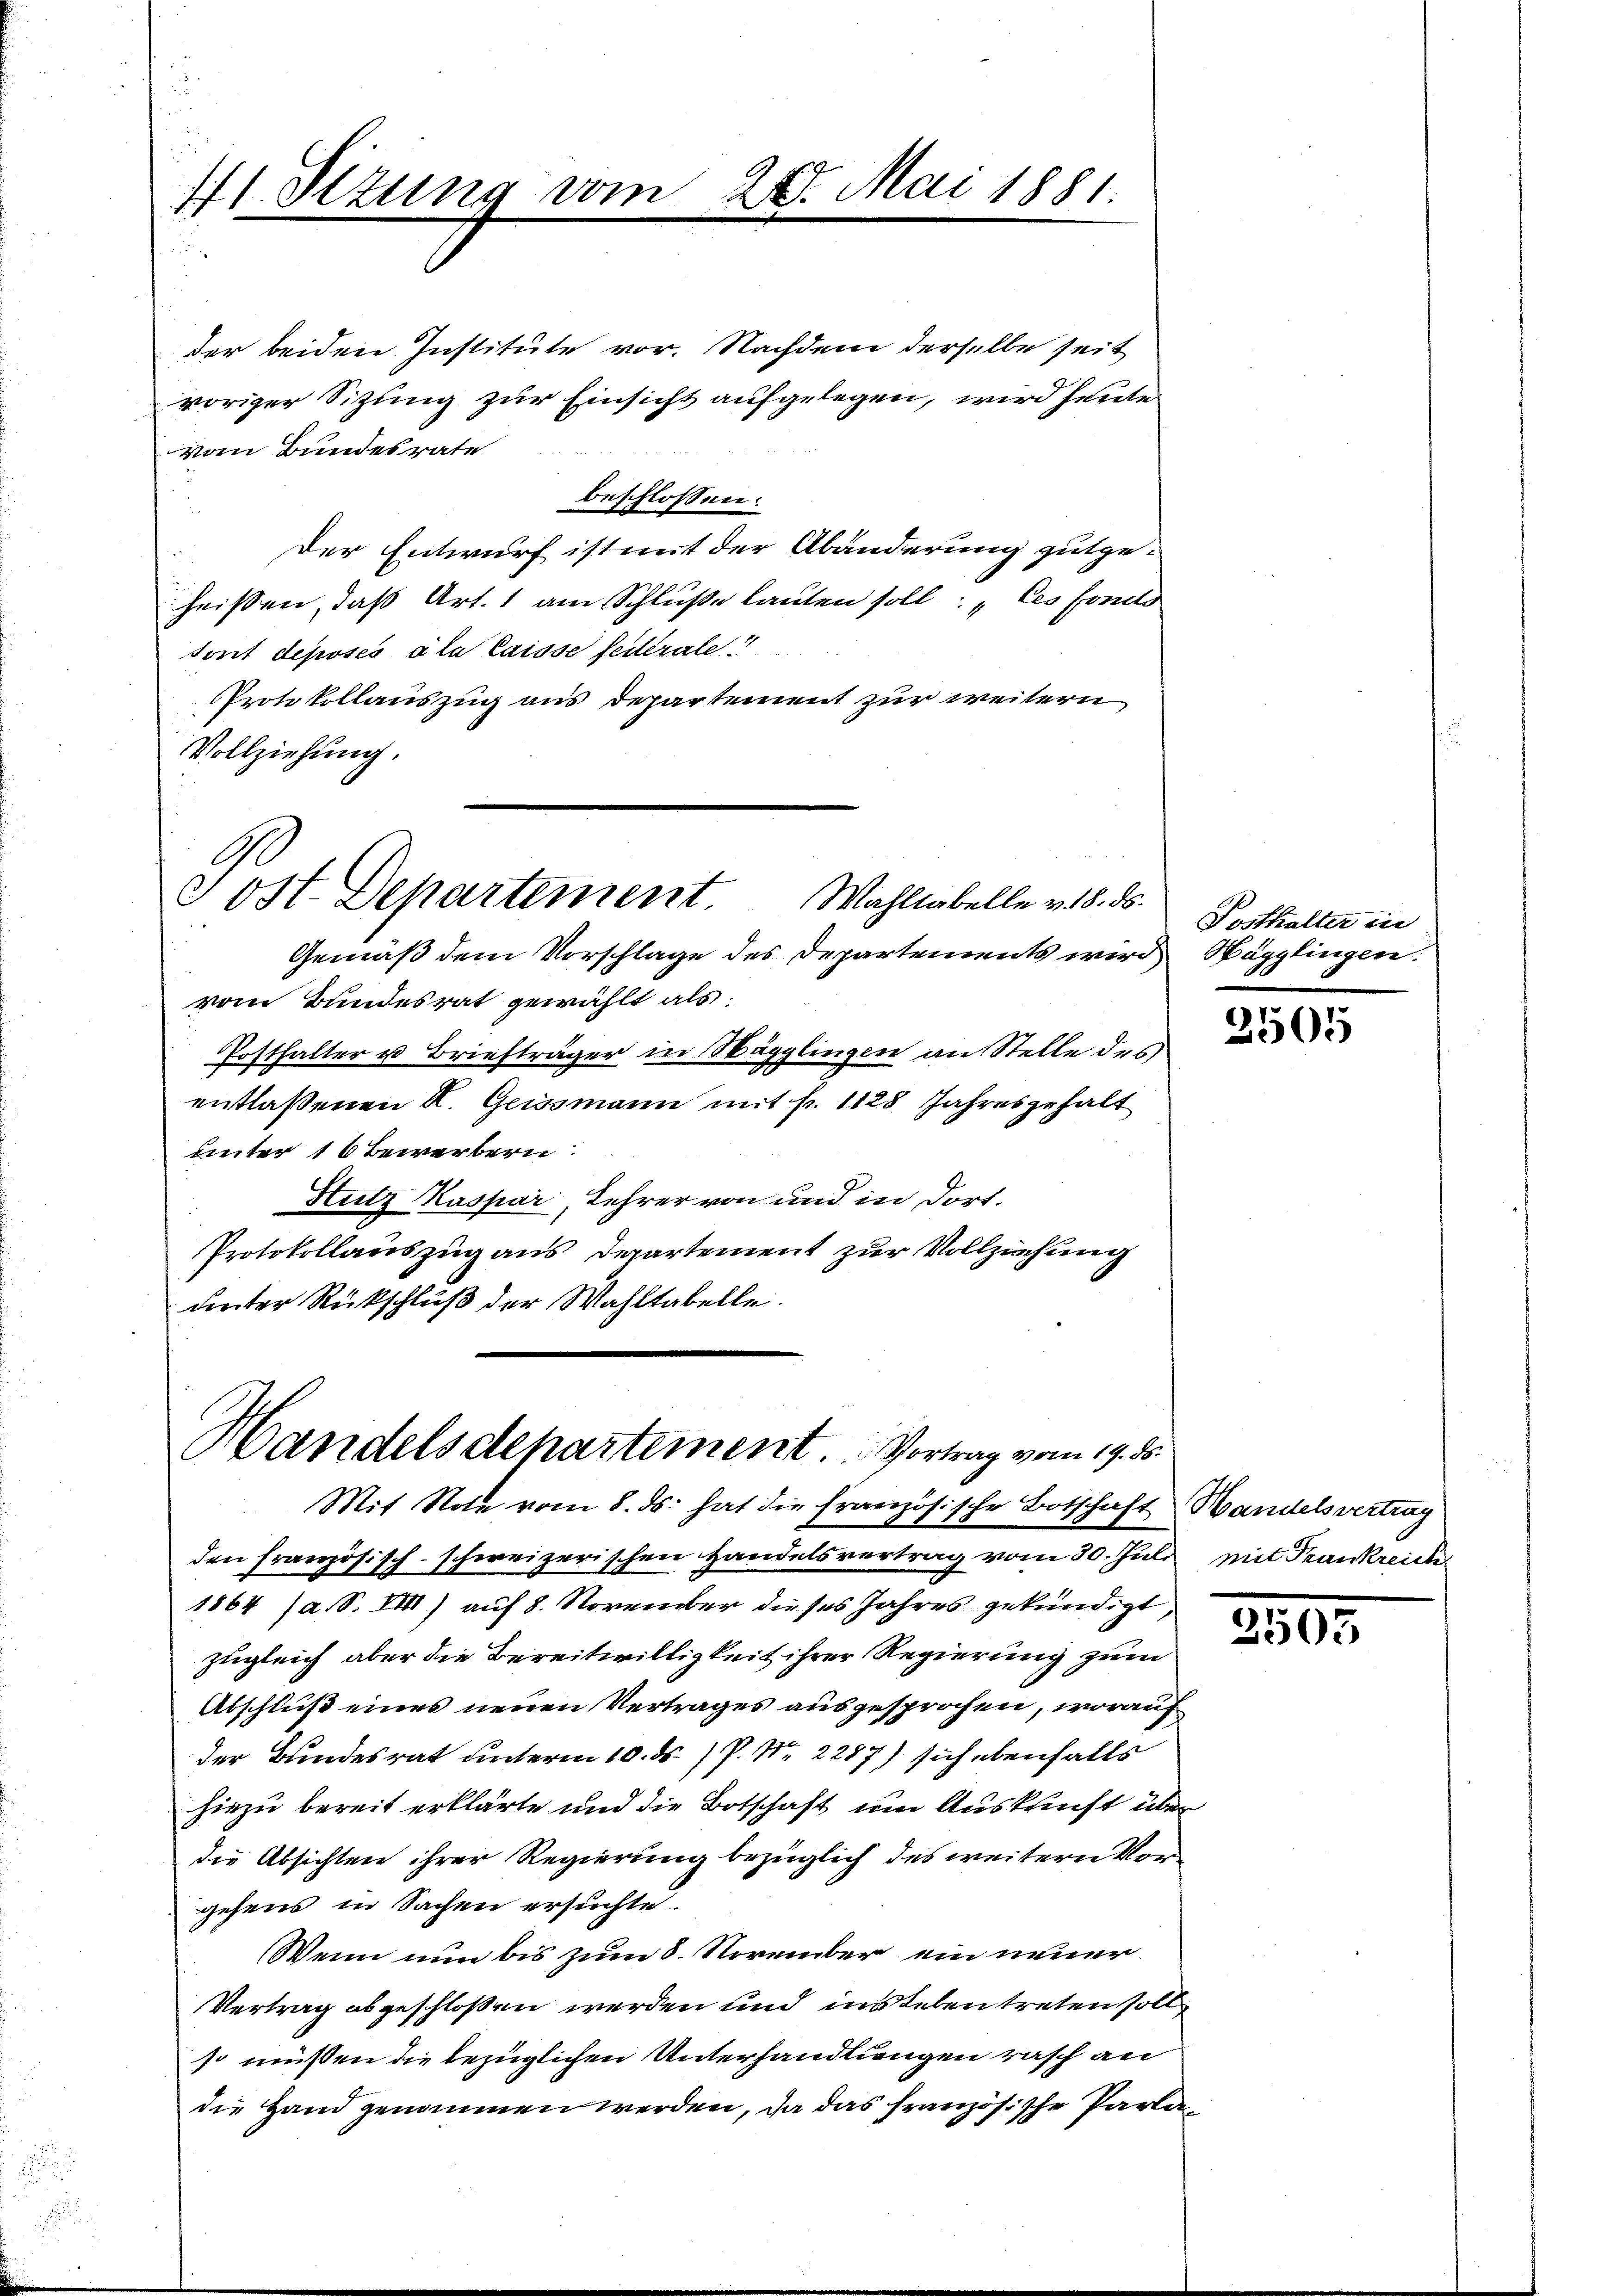
1. Sizung von
e

27. Mai 1881.

der beiden Institute vor. Nachdem derselbe seit
voriger Sitzung zur Einsicht aufgelegen, wird heute
vom Bundesrate
beschlossen:
Der Entwurf ist mit der Abänderung gutge-
heißen, daß Art. 1 am Schluße lauten soll: „les somits
tont déposés a la laisse federate
Protokollauszug aus Departement zur weitern
Vollziehung.

Tost. Departement. Wahltabelle v. 18. ds.

Gemäß dem Vorschlage des Departements wird Nägglingen.
vom Bundesrat gewählt als:
Posthalter u Briefträger in Wägglingen an Stelle des
entlaßenen K. Geissmann mit fr. 1128 Jahresgehalt
unter 16 Bewerbern
Hutz Kaspar, Lehrer von und in dort.
Protokollauszug aus Departement zur Vollziehung
unter Rückschluß der Wahltabelle.

Handelsdepartement. Vortrag vom 19. ds.

Mit Note vom 8. ds. hat die französische Botschaft Bandelsvertrag
den französisch-schweizerischen Handelsvertrag vom 30. Juli mit Frankreicher
1864 (a. S. VII) auf 8. November dieses Jahres gekündigt
zugleich aber die Bereitwilligkeit ihrer Regierung zum
Abschluß eines neuen Vertrages ausgesprochen, worauf
der Bundesrat unterm 10. ds. P. Nr. 2287) sich ebenfalls
hiezu bereit erklärte und die Botschaft um Auskunft über
die Absichten ihrer Regierung bezüglich des weitern Vorgehens in Sachen ersuchte.
Wenn nun bis zum 8. November ein neuer
Vertrag abgeschloßen werden und ins telen treten soll
so müssen die bezüglichen Unterhandlungen rasch an
die Hand genommen werden, da das französische Parla¬

Posthalter in

3505

3503